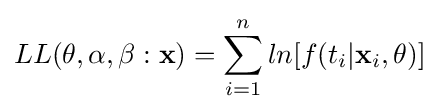
LL(\mathbf {\theta } ,\alpha ,\beta :{\mathbf {x} })=\sum _{i=1}^{n}ln{[f(t_{i}|\mathbf {x} _{i},\mathbf {\theta } )]}